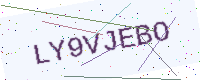
Text: LY9VJEBO